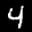
Label: 4